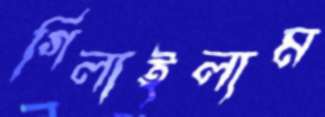
গিলাইলাম